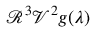
\mathscr { R } ^ { 3 } \mathscr { V } ^ { 2 } g ( \lambda )